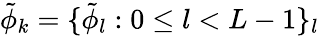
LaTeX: \tilde{\phi}_{k}=\{ \tilde{\phi}_{l}:0\leq l<L-1\} _{l}